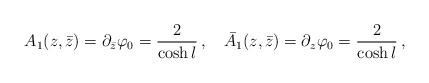
LaTeX: \begin{align*}A_1(z,\bar{z})=\partial_{\bar{z}}\varphi_0=\frac{2}{\cosh{l}}\,,\quad\bar{A}_1(z,\bar{z})=\partial_{z}\varphi_0=\frac{2}{\cosh{l}}\,,\end{align*}